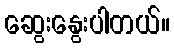
ဆွေးနွေးပါတယ်။